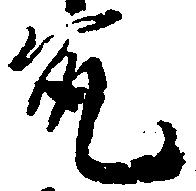
允